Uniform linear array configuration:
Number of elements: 8
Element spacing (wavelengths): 0.25
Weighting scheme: hann
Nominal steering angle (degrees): -30
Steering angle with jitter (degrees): -30.866
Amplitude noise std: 0.05
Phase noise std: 0.05

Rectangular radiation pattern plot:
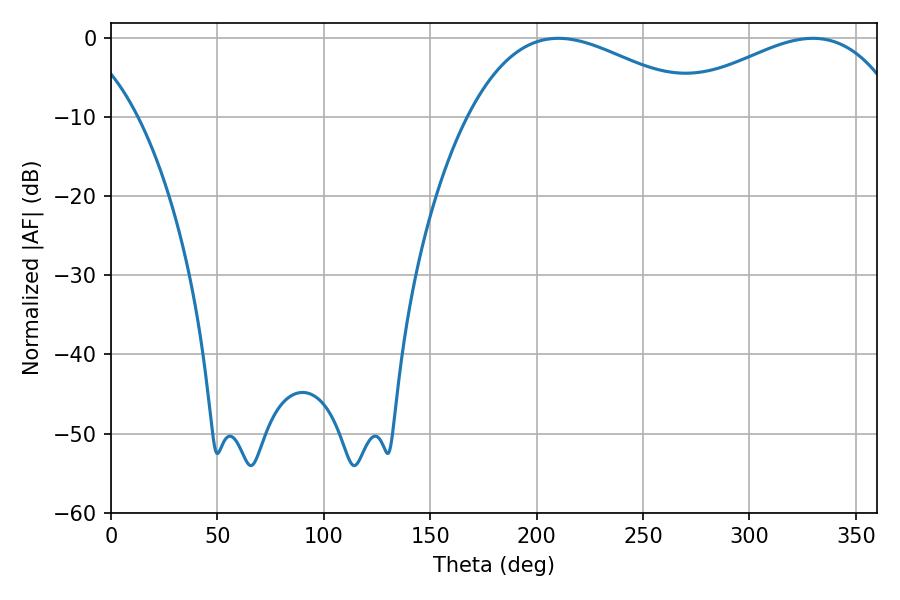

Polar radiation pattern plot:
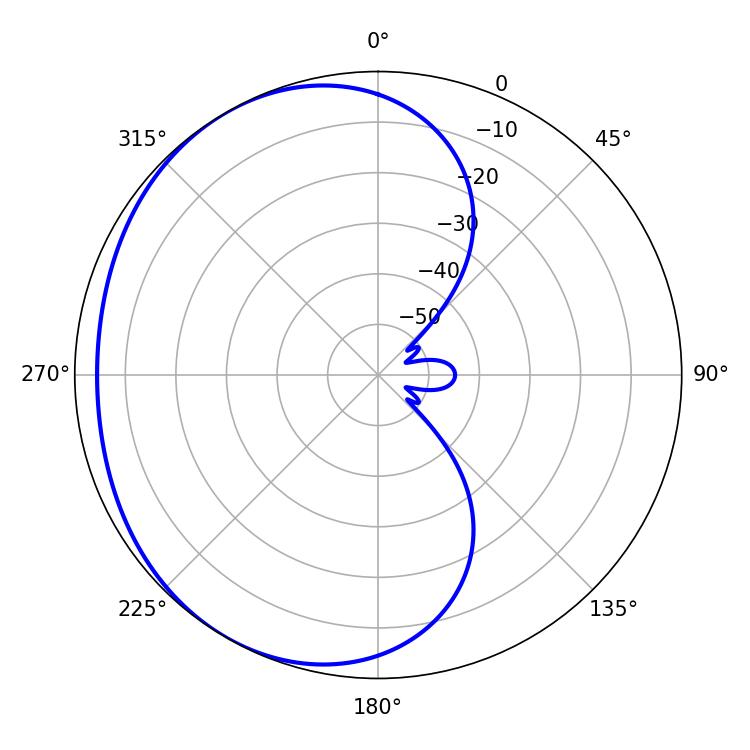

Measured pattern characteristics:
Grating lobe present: FALSE
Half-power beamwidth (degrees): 61.2
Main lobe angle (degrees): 210.24